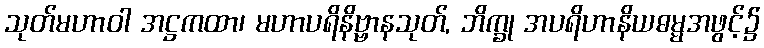
သုတ်မဟာဝါ အဋ္ဌကထာ၊ မဟာပရိနိဗ္ဗာနသုတ်, ဘိက္ခု အပရိဟာနိယဓမ္မအဖွင့်၌